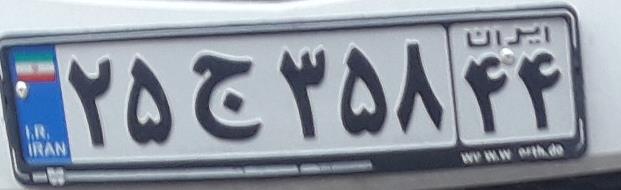
۲۵ج۳۵۸۴۴